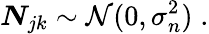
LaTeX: \boldsymbol{N}_{jk}\sim\mathcal{N}(0,\sigma_{n}^{2})\; .